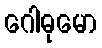
ဂေါဓုမော